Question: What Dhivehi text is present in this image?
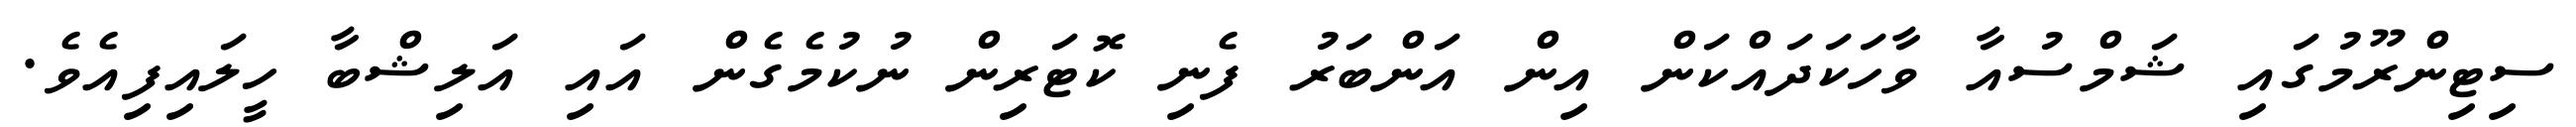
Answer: ސިޓިންރޫމުގައި ޝަމްސުއާ ވާހަކަދައްކަން އިން އަންބަރު ފެނި ކޮޓަރިން ނުކުމެގެން އައި އަލިޝްބާ ހީލައިފިއެވެ.